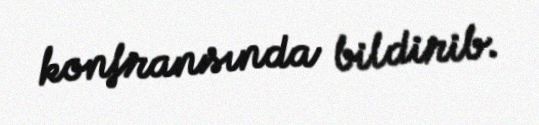
konfransında bildirib.